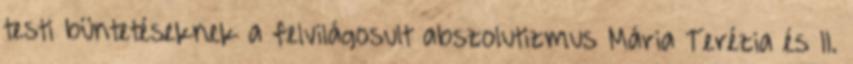
testi büntetéseknek a felvilágosult abszolutizmus Mária Terézia és II.